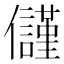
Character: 𭀑